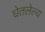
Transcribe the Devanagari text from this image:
घेतलेल्य